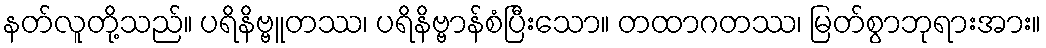
နတ်လူတို့သည်။ ပရိနိဗ္ဗူတဿ၊ ပရိနိဗ္ဗာန်စံပြီးသော။ တထာဂတဿ၊ မြတ်စွာဘုရားအား။